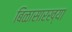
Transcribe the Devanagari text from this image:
बिळासारख्या